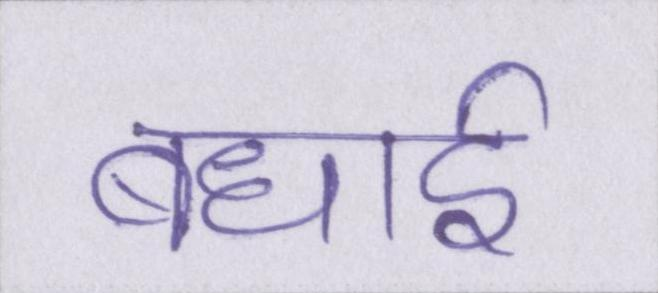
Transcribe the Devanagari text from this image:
बधाई